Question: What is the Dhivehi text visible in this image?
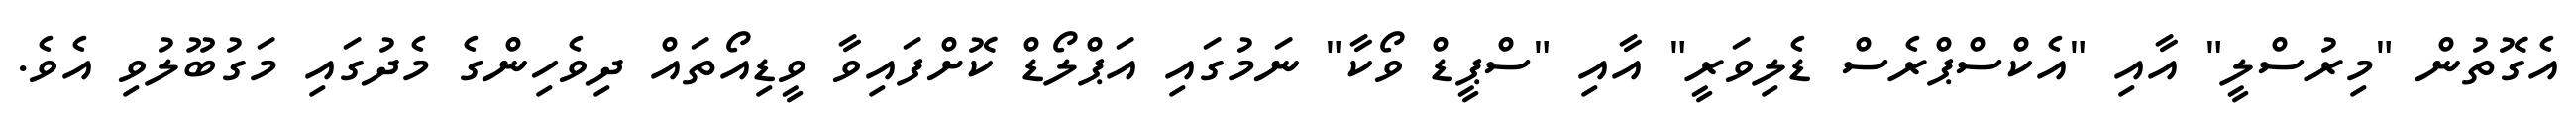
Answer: އެގޮތުން "މިރުސްލީ" އާއި "އެކްސްޕްރެސް ޑެލިވަރީ" އާއި "ސްޕީޑް ވޯކާ" ނަމުގައި އަޕްލޯޑް ކޮށްފައިވާ ވީޑިއޯތައް ދިވެހިންގެ މެދުގައި މަގުބޫލުވި އެވެ.